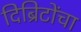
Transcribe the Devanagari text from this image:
दिब्रिटोंचा